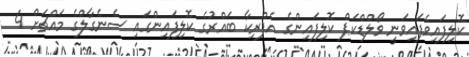
ކޮލިފައިވެފައިވަނީ ވޯލްޑްކަޕް ކޮލިފައިންގެ އެފްރިކާ ބައްރުގެ ކޮލިފައިންގައި ސެނެގާލްގެ މައްޗަށް 4